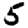
Digit: 5